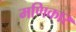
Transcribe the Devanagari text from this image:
मणिकार